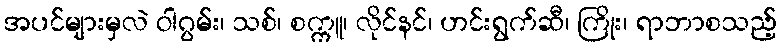
အပင်များမှလဲ ဝါဂွမ်း၊ သစ်၊ စက္ကူ၊ လိုင်နင်၊ ဟင်းရွက်ဆီ၊ ကြိုး၊ ရာဘာစသည့်